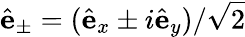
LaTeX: \hat{\mathbf e}_{\pm}=(\hat{\mathbf e}_{x}\pm i\hat{\mathbf e}_{y})/\sqrt{2}